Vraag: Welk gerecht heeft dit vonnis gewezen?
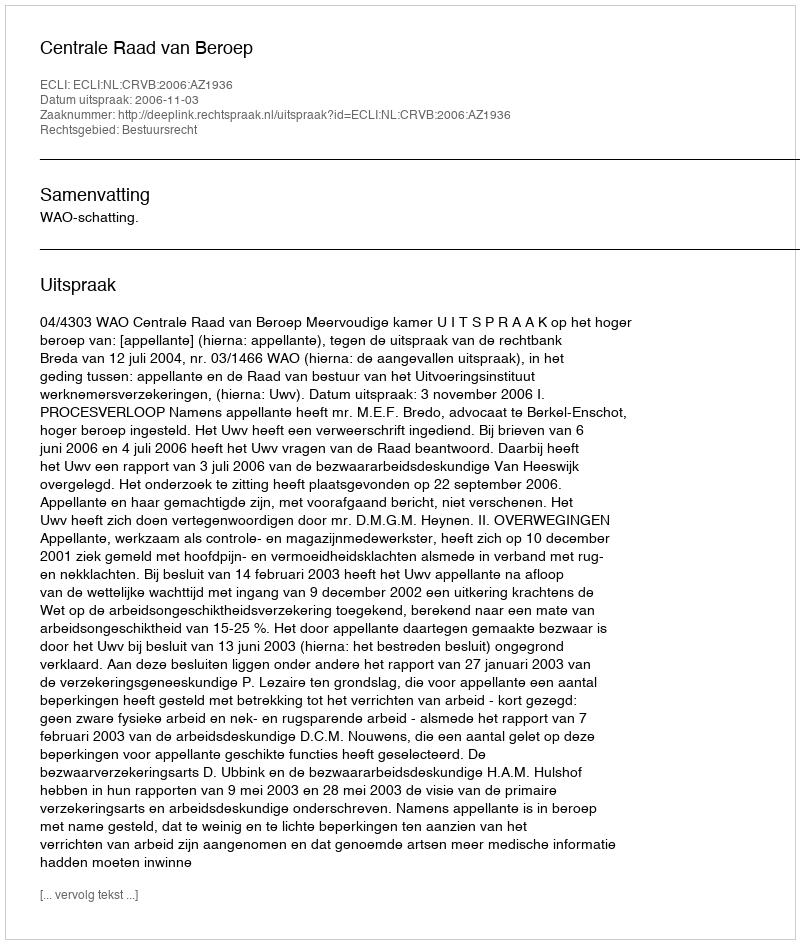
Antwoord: Centrale Raad van Beroep